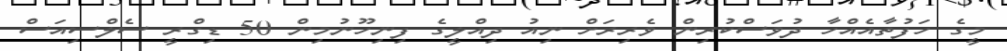
މީގެ ހަފުތާއެއްހާ ދުވަސްކުރިން ވެރިރަށް ނިއު ދިއްލީގެ ފިިނިހޫނުމިން 50 ޑިގްރީ ސެލްސިއަސް